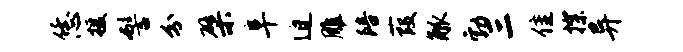
恁援髻分檗阜迫雕陪葭觚勃三隹探异